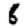
Digit: 8